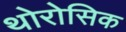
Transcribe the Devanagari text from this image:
थोरोसिक